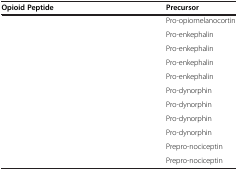
<table><thead><tr><td><b>Opioid Peptide</b></td><td><b>Precursor</b></td></tr></thead><tbody><tr><td>[EMPTY_CELL]</td><td>Pro-opiomelanocortin</td></tr><tr><td>[EMPTY_CELL]</td><td>Pro-enkephalin</td></tr><tr><td>[EMPTY_CELL]</td><td>Pro-enkephalin</td></tr><tr><td>[EMPTY_CELL]</td><td>Pro-enkephalin</td></tr><tr><td>[EMPTY_CELL]</td><td>Pro-enkephalin</td></tr><tr><td>[EMPTY_CELL]</td><td>Pro-dynorphin</td></tr><tr><td>[EMPTY_CELL]</td><td>Pro-dynorphin</td></tr><tr><td>[EMPTY_CELL]</td><td>Pro-dynorphin</td></tr><tr><td>[EMPTY_CELL]</td><td>Pro-dynorphin</td></tr><tr><td>[EMPTY_CELL]</td><td>Prepro-nociceptin</td></tr><tr><td>[EMPTY_CELL]</td><td>Prepro-nociceptin</td></tr></tbody></table>